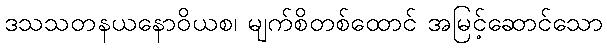
ဒသသတနယနောဝိယစ၊ မျက်စိတစ်ထောင် အမြင့်ဆောင်သော